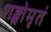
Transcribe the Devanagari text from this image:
शङ्खोमृतं